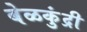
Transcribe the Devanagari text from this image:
बेळकुंद्री